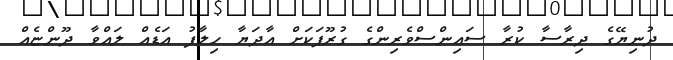
ދުނިޔޭގެ ދިރާސާ ކުރާ ސައިންސްވެރިންގެ ގުރޫޕަކަށް އާދަޔާ ހިލާފު އަޑެއް ލައްވާ ދޫންޏެއް